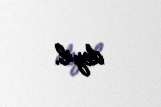
deyil.